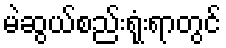
မဲဆွယ်စည်းရုံးရာတွင်